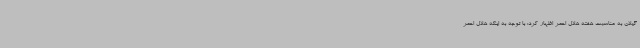
گیلان به مناسبت هفته هلال احمر اظهار کرد: با توجه به اینکه هلال احمر